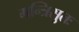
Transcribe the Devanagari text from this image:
मन्त्रिसुतः